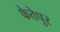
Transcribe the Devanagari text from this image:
फेतेपुर